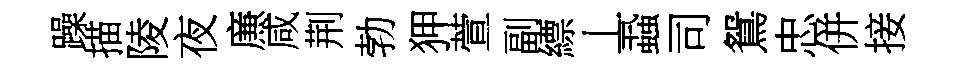
躁描陵夜㢘咸荆勃狎萱副縹丄蝨司鴛忠併接